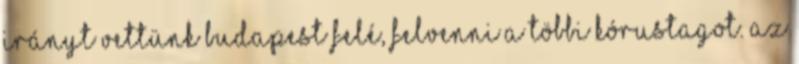
irányt vettünk Budapest felé, felvenni a többi kórustagot. Az